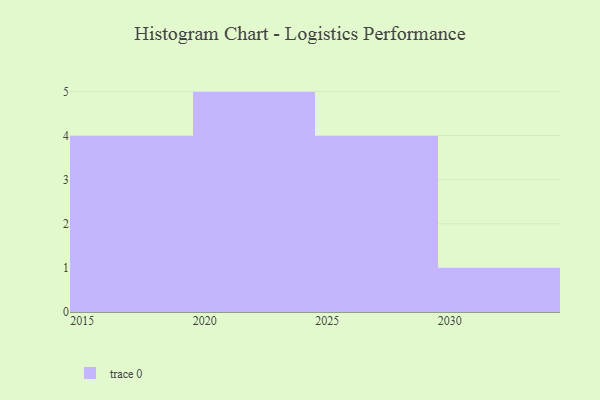
{"axis": {"x": "Year", "y": "Customer Acquisition Cost (USD)"}, "legend": [""], "data": [{"x": "2015", "y": 98, "type": ""}, {"x": "2021", "y": 9, "type": ""}, {"x": "2020", "y": 55, "type": ""}, {"x": "2016", "y": 80, "type": ""}, {"x": "2018", "y": 28, "type": ""}, {"x": "2027", "y": 80, "type": ""}, {"x": "2017", "y": 98, "type": ""}, {"x": "2030", "y": 18, "type": ""}, {"x": "2024", "y": 31, "type": ""}, {"x": "2022", "y": 22, "type": ""}, {"x": "2023", "y": 29, "type": ""}, {"x": "2026", "y": 83, "type": ""}, {"x": "2025", "y": 58, "type": ""}, {"x": "2028", "y": 90, "type": ""}]}